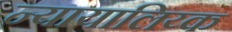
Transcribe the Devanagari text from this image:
न्यायालिय्क